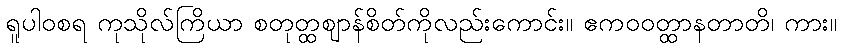
ရူပါဝစရ ကုသိုလ်ကြိယာ စတုတ္ထဈာန်စိတ်ကိုလည်းကောင်း။ ဧကဝဝတ္ထာနတာတိ၊ ကား။